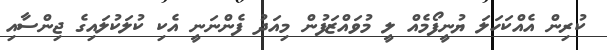
ކުރިން އެއްކަހަލަ ޔުނީފޯމެއް ލީ މުވައްޒަފުން މިއަދު ފެންނަނީ އެކި ކުލަކުލައިގެ ޖިންސާއި